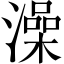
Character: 澡